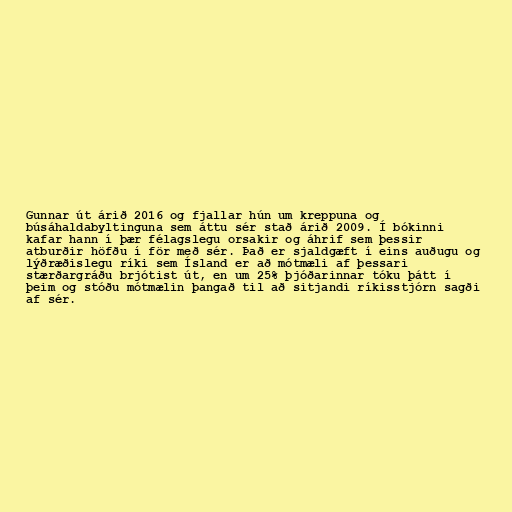
Gunnar út árið 2016 og fjallar hún um kreppuna og
búsáhaldabyltinguna sem áttu sér stað árið 2009. Í bókinni
kafar hann í þær félagslegu orsakir og áhrif sem þessir
atburðir höfðu í för með sér. Það er sjaldgæft í eins auðugu og
lýðræðislegu ríki sem Ísland er að mótmæli af þessari
stærðargráðu brjótist út, en um 25% þjóðarinnar tóku þátt í
þeim og stóðu mótmælin þangað til að sitjandi ríkisstjórn sagði
af sér.